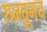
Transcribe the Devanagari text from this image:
रुजवूनच